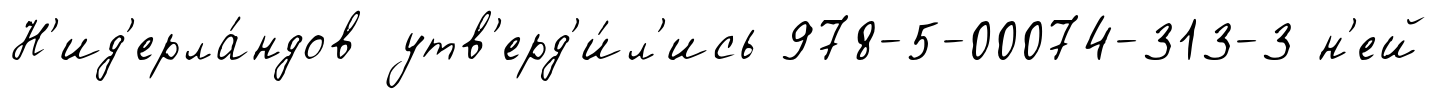
Н'ид'ерла́ндов утв'ерд'и́л'ись 978-5-00074-313-3 н'ей